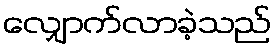
လျှောက်လာခဲ့သည်